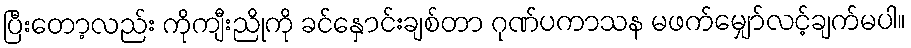
ပြီးတော့လည်း ကိုကျီးညိုကို ခင်နှောင်းချစ်တာ ဂုဏ်ပကာသန မဖက်မျှော်လင့်ချက်မပါ။